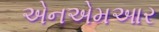
એનએમઆર